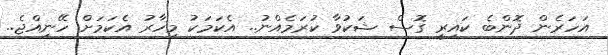
އަހަރެން ދޮންބެ ކައިރީ ގޮސް ޝަކުވާ ކުރަމެއްނު.. އެކަމަކު މިހާރު އެކަމަށް ހޭނިއްޖެ..